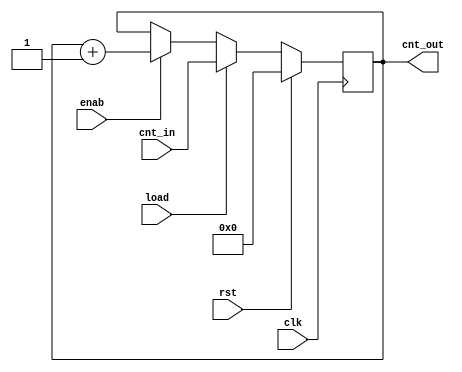
module counter
#(
  parameter integer WIDTH=5
 )
 (
  input  wire clk  ,
  input  wire rst  ,
  input  wire load ,
  input  wire enab ,
  input  wire [WIDTH-1:0] cnt_in ,
  output reg  [WIDTH-1:0] cnt_out 
 );

  reg [WIDTH-1:0] cnt_tmp;

  function [WIDTH-1:0] cnt_func;
    input rst  ;
    input load ;
    input enab ;
    input [WIDTH-1:0] cnt_in ;
    input [WIDTH-1:0] cnt_out;
    if ( rst  ) cnt_func = 0; else
    if ( load ) cnt_func = cnt_in; else
    if ( enab ) cnt_func = cnt_out + 1; else
                cnt_func = cnt_out;
  endfunction

  always @(posedge clk)
    cnt_out <= cnt_func (rst, load, enab ,cnt_in, cnt_out);

endmodule